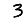
Digit: 3